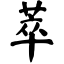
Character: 萃